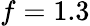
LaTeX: f=1.3